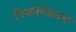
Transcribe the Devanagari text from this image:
निकोमेकास